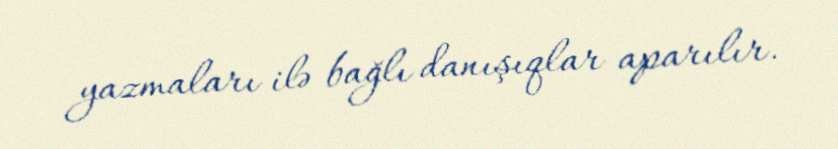
yazmaları ilə bağlı danışıqlar aparılır.